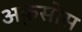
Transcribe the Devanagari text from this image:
अ़फसोस